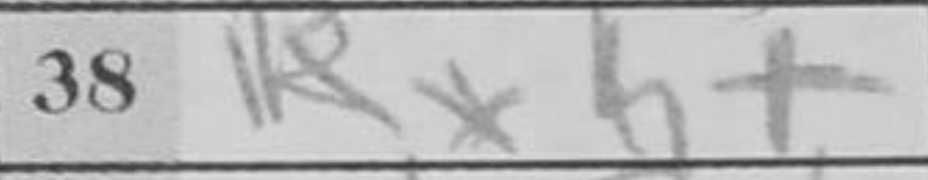
Transcription: Rxh+